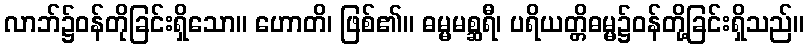
လာဘ်၌ဝန်တိုခြင်းရှိသော။ ဟောတိ၊ ဖြစ်၏။ ဓမ္မမစ္ဆရီ၊ ပရိယတ္တိဓမ္မ၌ဝန်တို့ခြင်းရှိသည်။